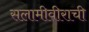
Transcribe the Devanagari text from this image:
सलामीवीराची